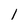
Character: l